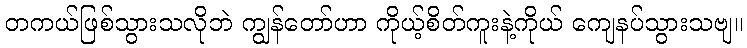
တကယ်ဖြစ်သွားသလိုဘဲ ကျွန်တော်ဟာ ကိုယ့်စိတ်ကူးနဲ့ကိုယ် ကျေနပ်သွားသဗျ။